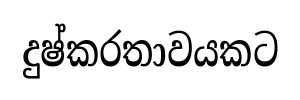
දුෂ්කරතාවයකට